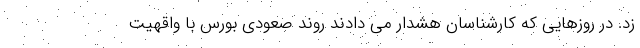
زد. در روزهایی که کارشناسان هشدار می دادند روند صعودی بورس با واقهیت